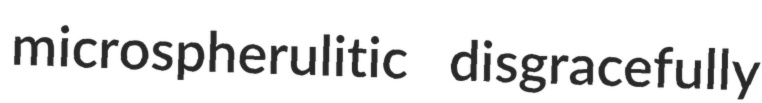
microspherulitic disgracefully